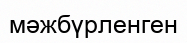
мәжбүрленген